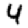
Digit: 4